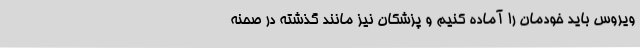
ویروس باید خودمان را آماده کنیم و پزشکان نیز مانند گذشته در صحنه